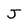
Character: J